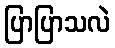
ပြာပြာသလဲ